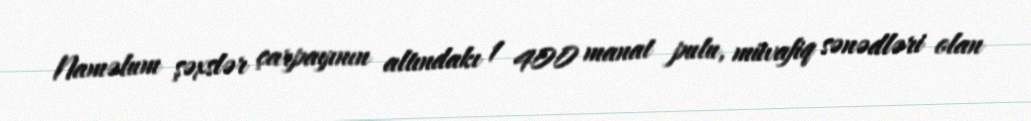
Naməlum şəxslər çarpayının altındakı 1 400 manat pulu, müvafiq sənədləri olan